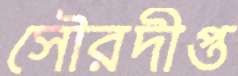
সৌরদীপ্ত